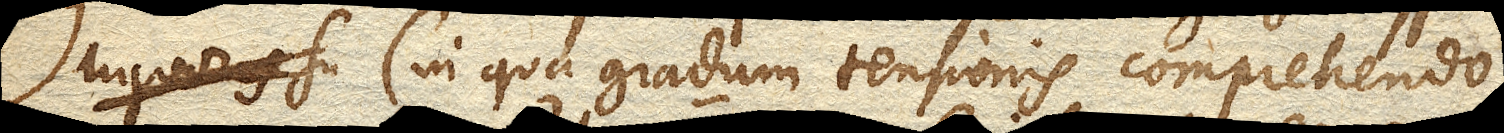
liquoris su (in qua gradum tensionis comprehendo,